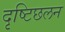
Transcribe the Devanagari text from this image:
दृष्टिछलन